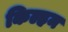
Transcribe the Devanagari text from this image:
किल्हम